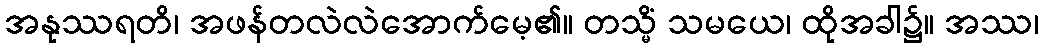
အနုဿရတိ၊ အဖန်တလဲလဲအောက်မေ့၏။ တသ္မိံ သမယေ၊ ထိုအခါ၌။ အဿ၊